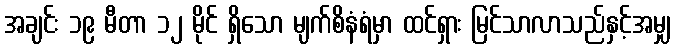
အချင်း ၁၉ မီတာ ၁၂ မိုင် ရှိသော မျက်စိနံရံမှာ ထင်ရှား မြင်သာလာသည်နှင့်အမျှ